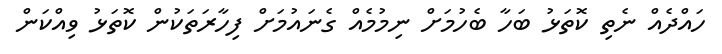
ހައްދެއް ނެތި ކޮތަޅު ބަހާ ބެހުމަށް ނިމުމެއް ގެނައުމަށް ފިހާރަތަކުން ކޮތަޅު ވިއްކަން